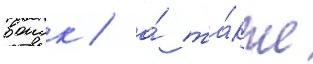
воиск / а́ та́кже